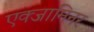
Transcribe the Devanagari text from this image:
एक्‍जामिनर